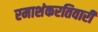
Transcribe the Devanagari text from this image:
रमाशंकरतिवारी